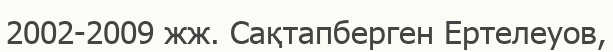
2002-2009 жж. Сақтапберген Ертелеуов,